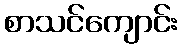
စာသင်ကျောင်း